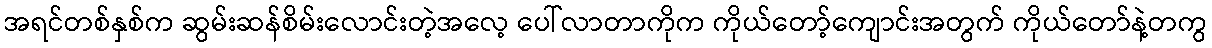
အရင်တစ်နှစ်က ဆွမ်းဆန်စိမ်းလောင်းတဲ့အလေ့ ပေါ်လာတာကိုက ကိုယ်တော့်ကျောင်းအတွက် ကိုယ်တော်နဲ့တကွ